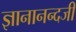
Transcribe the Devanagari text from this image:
ज्ञानानन्दजी